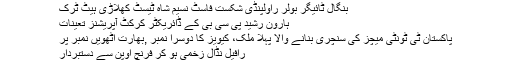
بنگال ٹائیگر بولر راولپنڈی شکست فاسٹ نسیم شاہ ٹیسٹ کھلاڑی ہیٹ ٹرک
ہارون رشید پی سی بی کے ڈائریکٹر کرکٹ آپریشنز تعینات
پاکستان ٹی ٹونٹی میچز کی سنچری بنانے والا پہلا ملک، کیویز کا دوسرا نمبر ,بھارت آٹھویں نمبر پر
رافیل نڈال زخمی ہو کر فرنچ اوپن سے دستبردار